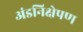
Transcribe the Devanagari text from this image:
अंडनिक्षेपण